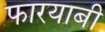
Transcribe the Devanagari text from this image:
फारयाबी